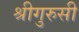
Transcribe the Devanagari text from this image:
श्रीगुरुसी